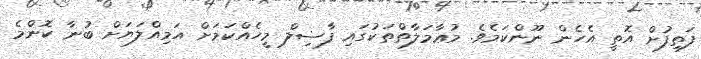
ފަތިފުށް އޮތީ އެހެން ނޫންކަމެވެ. މުޢާމަލާތްތަކުގައި ފާޟިލް މީހެއްކަމަށް އަމިއްލަޔަށް ބުނާ ކޮންމެ